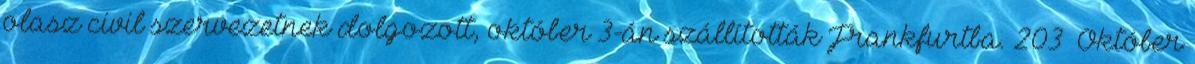
olasz civil szervezetnek dolgozott, október 3-án szállították Frankfurtba. 203 Október